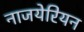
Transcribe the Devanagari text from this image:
नाजयेरियन